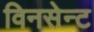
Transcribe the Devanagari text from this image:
विनसेन्ट